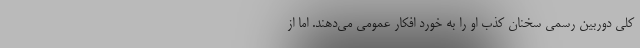
کلی دوربین رسمی سخنان کذب او را به خورد افکار عمومی می‌دهند. اما از